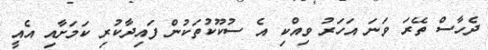
ދެހާސް ތޭރަ ވަނަ އަހަރު ވިއްކި އެ ސުކޫކުތަކުން ފައިދާކުރި ކަމަށާއި އެއީ